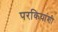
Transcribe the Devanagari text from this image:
परकियांशी